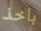
بأخذ